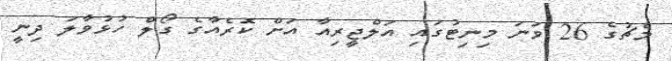
މެޗުގެ 26 ވަނަ މިނިޓުގައި އަލްޖީރިއާ އަށް ކޮރެއާގެ ގޯލް ހުޅުވާލަ ދިނީ